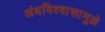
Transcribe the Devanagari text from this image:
अंधविश्वासामुळे